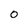
Character: 0